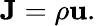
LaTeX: {\mathbf{J}}={\rho\mathbf{u}}.